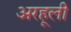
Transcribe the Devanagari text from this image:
अरहूली